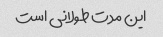
این مدت طولانی است